Scientific memoirs by medical officers of the Army of India - Part III,
Year: 1887
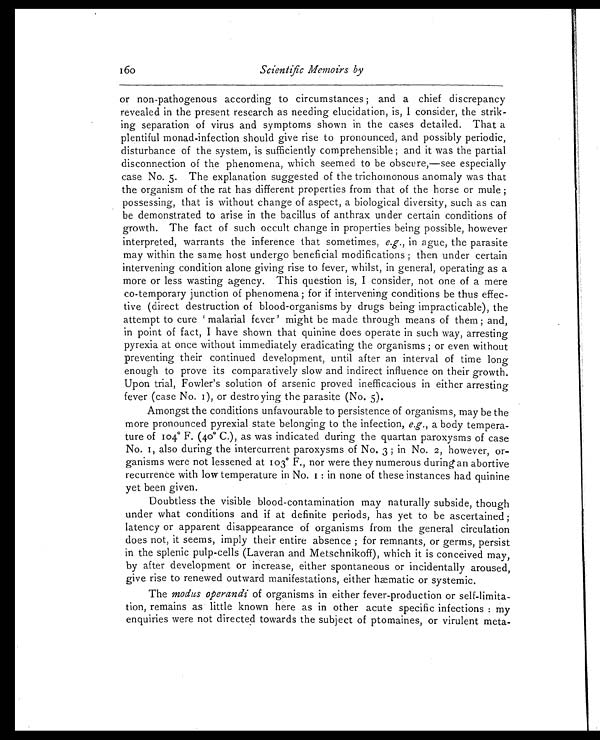
160
Scientific Memoirs by
or non-pathogenous according to circumstances ; and a chief discrepancy
revealed in the present research as needing elucidation, is, I consider, the strik--
ing separation of virus and symptoms shown in the cases detailed. That a
plentiful monad-infection should give rise to pronounced, and possibly periodic,
disturbance of the system, is sufficiently comprehensible ; and it was the partial
disconnection of the phenomena, which seemed to be obscure,—see especially
case No. 5. The explanation suggested of the trichomonous anomaly was that
the organism of the rat has different properties from that of the horse or mule ;
possessing, that is without change of aspect, a biological diversity, such as can
be demonstrated to arise in the bacillus of anthrax under certain conditions of
growth. The fact of such occult change in properties being possible, however
interpreted, warrants the inference that sometimes, e.g., in ague, the parasite
may within the same host undergo beneficial modifications ; then under certain
intervening condition alone giving rise to fever, whilst, in general, operating as a
more or less wasting agency. This question is, I consider, not one of a mere
co-temporary junction of phenomena ; for if intervening conditions be thus effec--
tive (direct destruction of blood-organisms by drugs being impracticable), the
attempt to cure ‘malarial fever’ might be made through means of them ; and,
in point of fact, I have shown that quinine does operate in such way, arresting
pyrexia at once without immediately eradicating the organisms ; or even without
preventing their continued development, until after an interval of time long
enough to prove its comparatively slow and indirect influence on their growth.
Upon trial, Fowler's solution of arsenic proved inefficacious in either arresting
fever (case No. 1), or destroying the parasite (No. 5).
Amongst the conditions unfavourable to persistence of organisms, may be the
more pronounced pyrexial state belonging to the infection, e.g., a body tempera--
ture of 104° F. (40° C.), as was indicated during the quartan paroxysms of case
No. 1, also during the intercurrent paroxysms of No. 3 ; in No. 2, however, or--
ganisms were not lessened at 103° F., nor were they numerous during an abortive
recurrence with low temperature in No. 1 : in none of these instances had quinine
yet been given.
Doubtless the visible blood-contamination may naturally subside, though
under what conditions and if at definite periods, has yet to be ascertained ;
latency or apparent disappearance of organisms from the general circulation
does not, it seems, imply their entire absence ; for remnants, or germs, persist
in the splenic pulp-cells (Laveran and Metschnikoff), which it is conceived may,
by after development or increase, either spontaneous or incidentally aroused,
give rise to renewed outward manifestations, either hæmatic or systemic.
The modus operandi of organisms in either fever-production or self-limita-
- t i o n , r e m a i n s a s l i t t l e k n o w n h e r e a s i n o t h e r a c u t e s p e c i f i c i n f e c t i o n s : m y
enquiries were not directed towards the subject of ptomaines, or virulent meta-